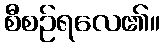
စီစဉ်ရလေ၏။